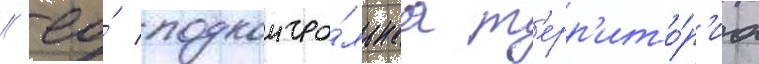
/ ео́ подконтро́льнаа т'ерр'ито́р'иа